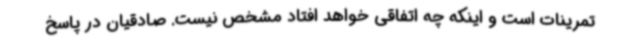
تمرینات است و اینکه چه اتفاقی خواهد افتاد مشخص نیست. صادقیان در پاسخ